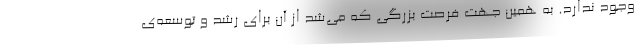
وجود ندارد. به همین جهت فرصت بزرگی که می‌شد از آن برای رشد و توسعه‌ی